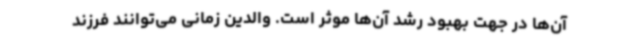
آن‌ها در جهت بهبود رشد آن‌ها موثر است. والدین زمانی می‌توانند فرزند